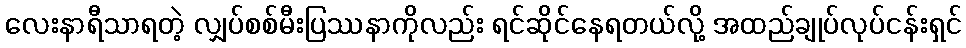
လေးနာရီသာရတဲ့ လျှပ်စစ်မီးပြဿနာကိုလည်း ရင်ဆိုင်နေရတယ်လို့ အထည်ချုပ်လုပ်ငန်းရှင်